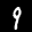
Label: 9